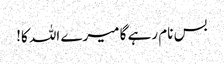
بس نام رہے گا میرے اللہ کا!